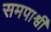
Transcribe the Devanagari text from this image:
समपार्श्वी